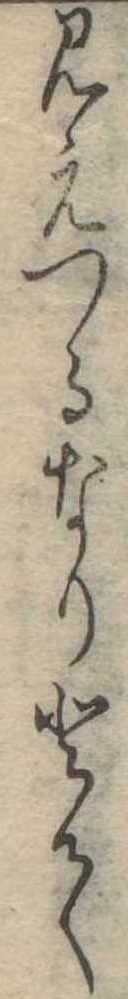
見えつるなりとて